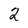
Character: 2